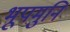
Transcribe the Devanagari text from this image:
भूपमुनि